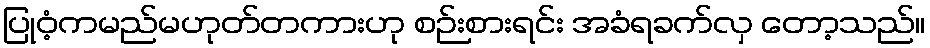
ပြုဝံ့ကမည်မဟုတ်တကားဟု စဉ်းစားရင်း အခံရခက်လှ တော့သည်။